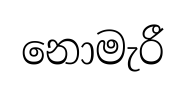
නොමැරී